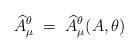
LaTeX: \begin{align*}{\widehat A}^\theta_\mu \;=\; {\widehat A}^\theta_\mu(A,\theta)\end{align*}